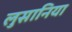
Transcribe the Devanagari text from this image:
लुसानिया